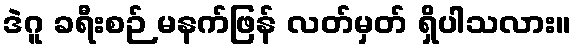
ဒဲဂူ ခရီးစဉ် မနက်ဖြန် လတ်မှတ် ရှိပါသလား။